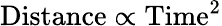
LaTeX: {\mathrm{Distance}}\propto{{\mathrm{Time}}^{2}}